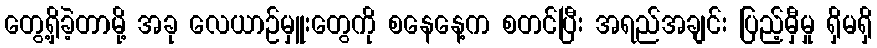
တွေ့ရှိခဲ့တာမို့ အခု လေယာဉ်မှူးတွေကို စနေနေ့က စတင်ပြီး အရည်အချင်း ပြည့်မှီမှု ရှိမရှိ